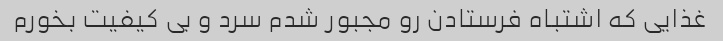
غذایی که اشتباه فرستادن رو مجبور شدم سرد و بی کیفیت بخورم